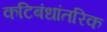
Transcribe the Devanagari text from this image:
कटिबंधांतरिक